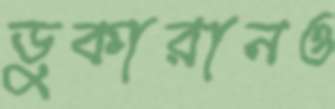
ডুকারানও